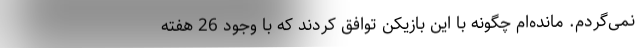
نمی‌گردم. مانده‌ام چگونه با این بازیکن توافق کردند که با وجود 26 هفته